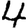
Digit: 4